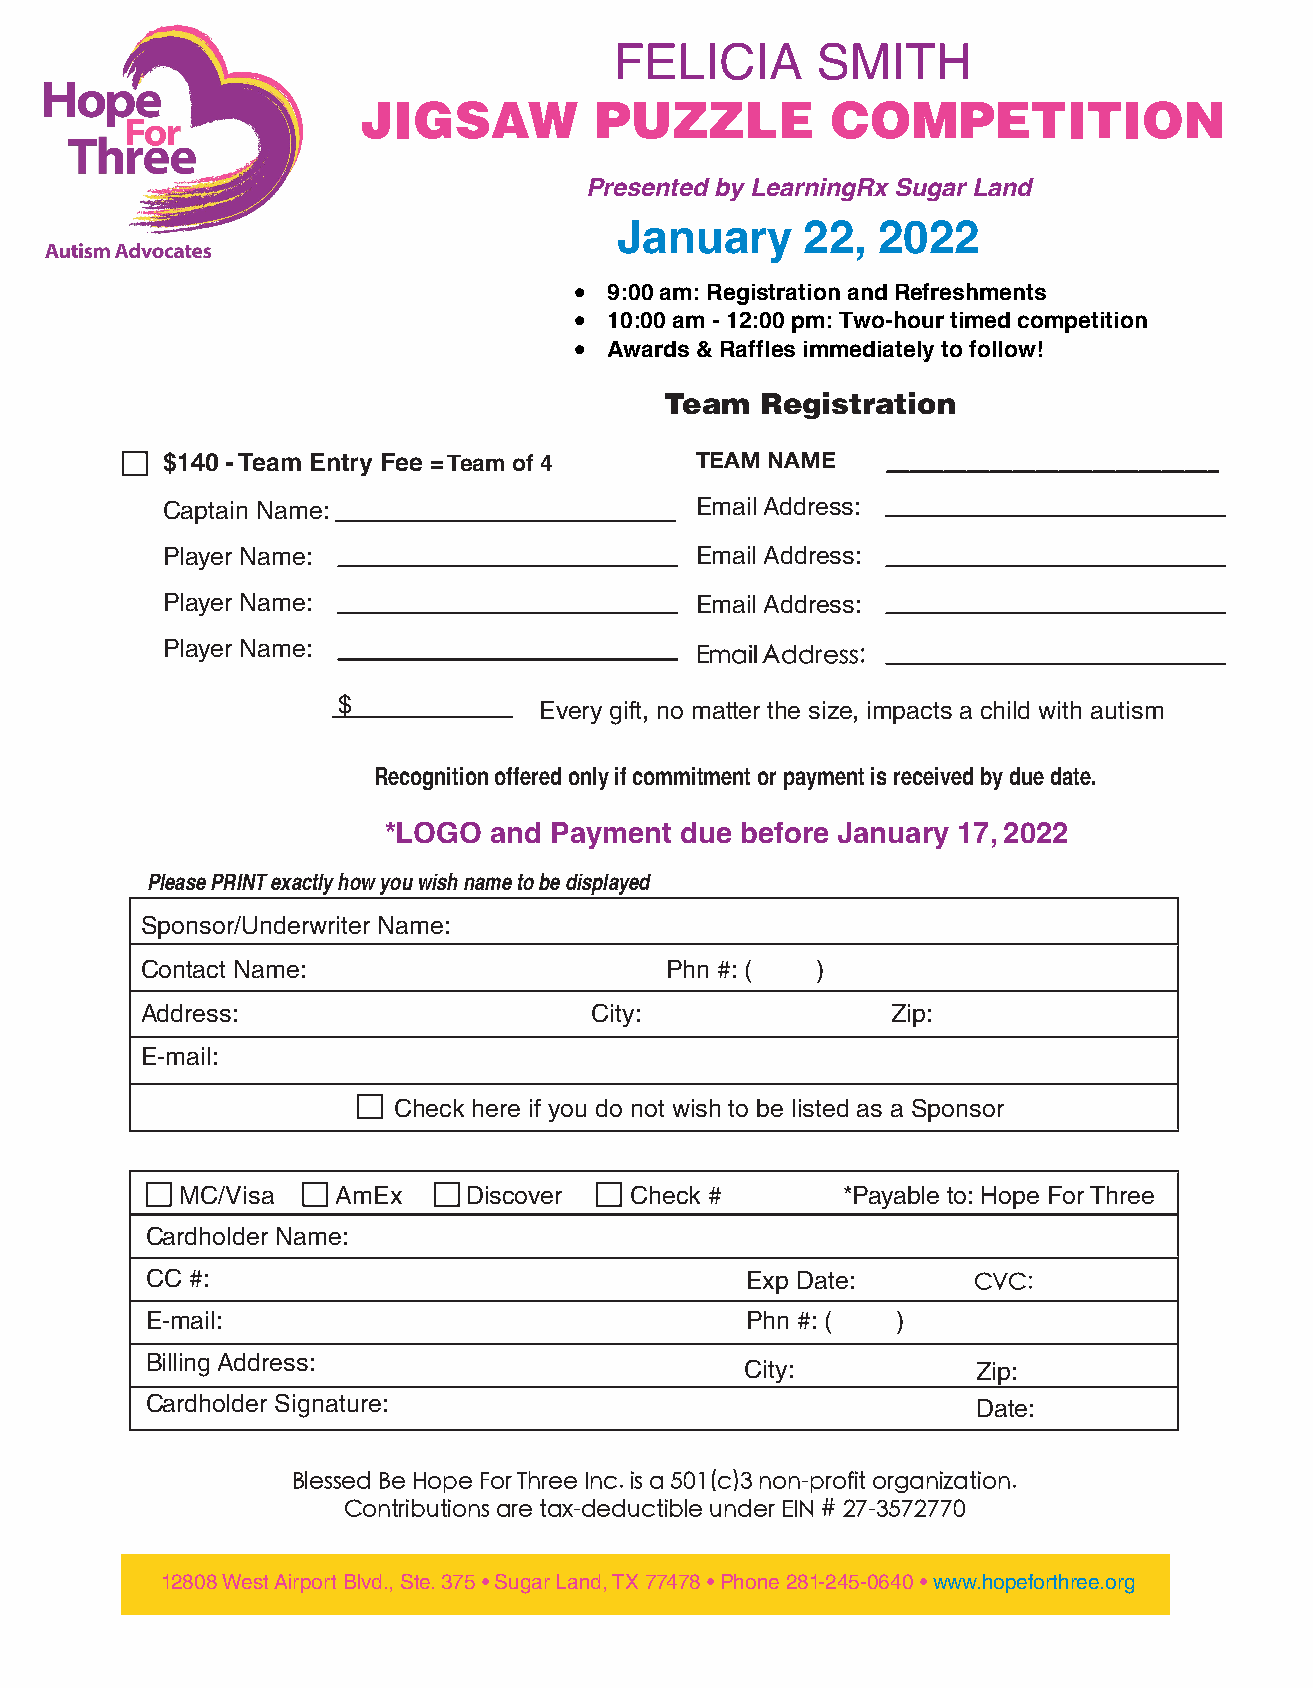
FELICIA      SMITH
 JIGSAW         PUZZLE          COMPETITION
 Presented by LearningRx Sugar Land
 January     22,  2022
 • 9:00 am: Registration and Refreshments
 • 10:00 am - 12:00 pm: Two-hour timed competition
 • Awards & Raffles immediately to follow!
 Team  Registration
 $140 - Team Entry Fee = Team of 4  TEAM NAME    _____________________________
 Captain Name:                      Email Address:
 Player Name:                       Email Address:
 Player Name:                       Email Address:
 Player Name:                       Email Address:
 $             Every gift, no matter the size, impacts a child with autism
 Recognition offered only if commitment or payment is received by due date.
 *LOGO  and Payment  due before January 17, 2022
 Please PRINT exactly how you wish name to be displayed
 Sponsor/Underwriter Name:
 Contact Name:                      Phn #: (  )
 Address:                      City:               Zip:
 E-mail:
 Check here if you do not wish to be listed as a Sponsor
 MC/Visa   AmEx     Discover   Check #       *Payable to: Hope For Three
 Cardholder Name:
 CC #:                                  Exp Date:      CVC:
 E-mail:                                Phn #: (  )
 Billing Address:
 City:           Zip:
 Cardholder Signature:                                  Date:
 Blessed Be Hope For Three Inc. is a 501(c)3 non-profit organization.
 Contributions are tax-deductible under EIN # 27-3572770
 12808 West Airport Blvd., Ste. 375 • Sugar Land, TX 77478 • Phone 281-245-0640 • www.hopeforthree.org